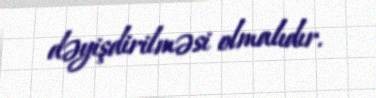
dəyişdirilməsi olmalıdır.